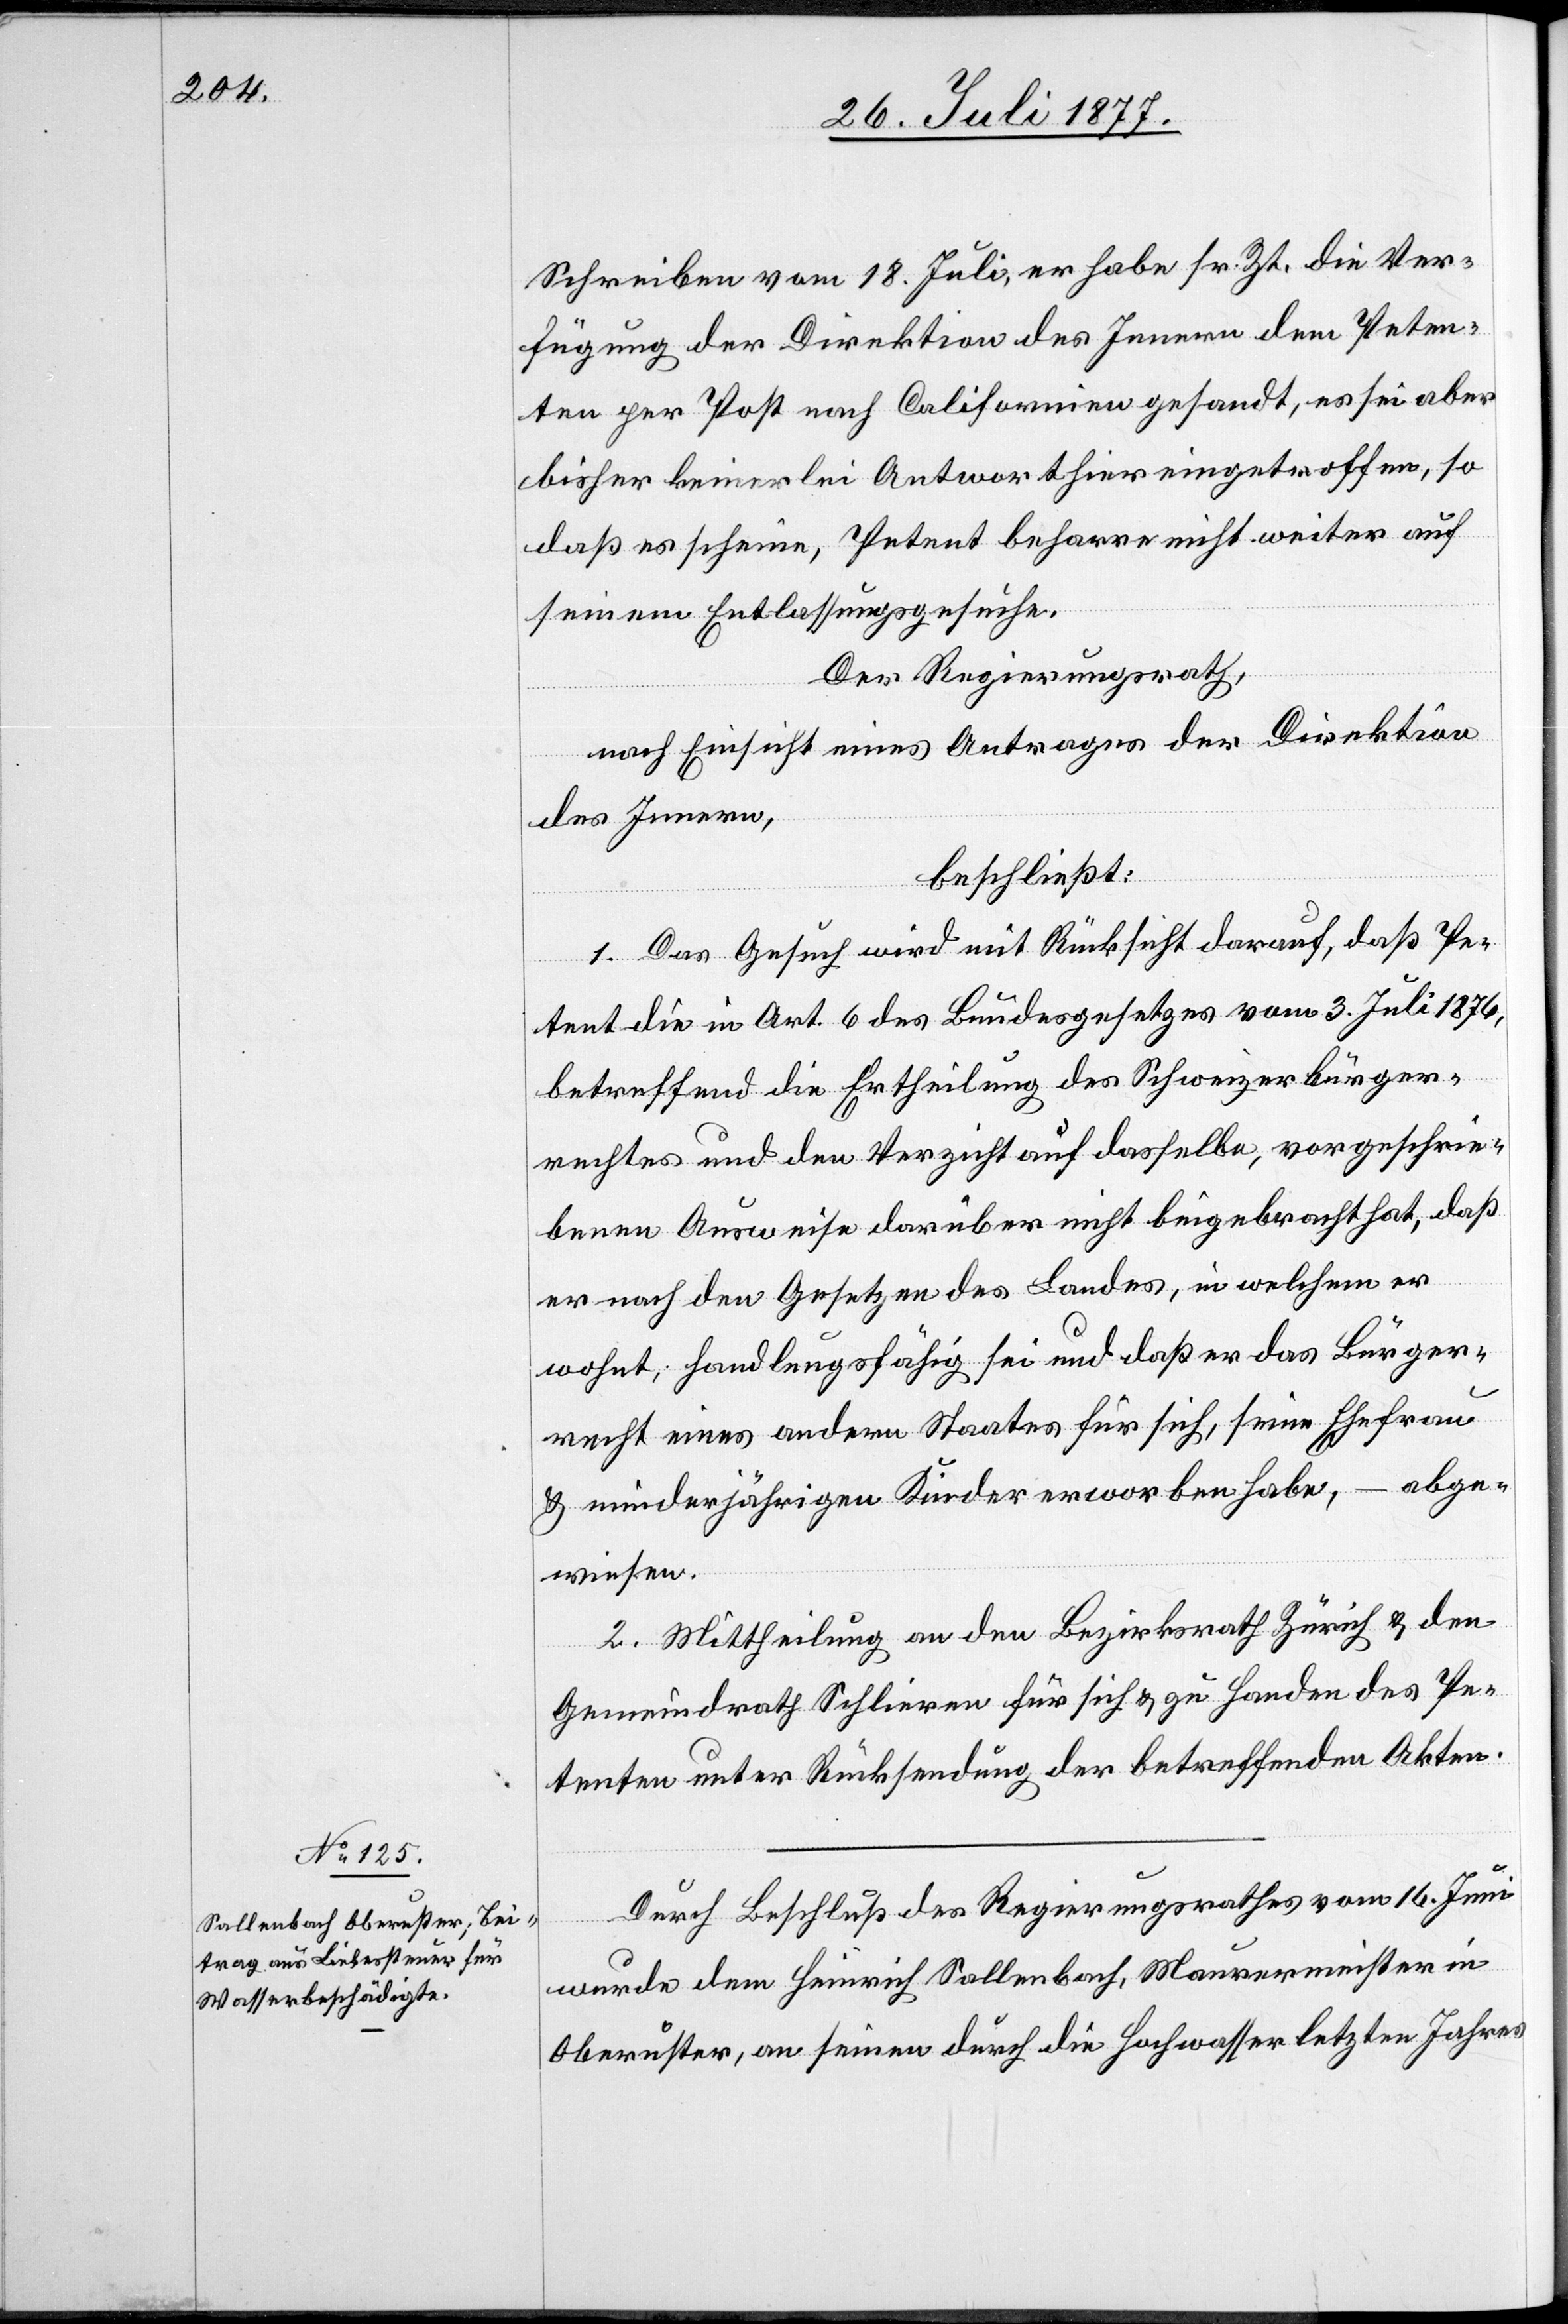
Schreiben vom 18. Juli, er habe sr. Zt. die Ver¬
fügung der Direktion des Innern dem Peten¬
ten per Post nach Californien gesandt, es sei aber
bisher keinerlei Antwort hier eingetroffen, so
daß es scheine, Petent beharre nicht weiter auf
seinem Entlassungsgesuche.
Der Regierungsrath,
nach Einsicht eines Antrages der Direktion
des Innern,
beschließt:
1. Das Gesuch wird mit Rücksicht darauf, daß Pe¬
tent die in Art. 6 des Bundesgesetzes vom 3. Juli 1876,
betreffend die Ertheilung des Schweizerbürger¬
rechtes und den Verzicht auf dasselbe, vorgeschrie¬
benen Ausweise darüber nicht beigebracht hat, daß
er nach den Gesetzen des Landes, in welchem er
wohnt, handlungsfähig sei und daß er das Bürger¬
recht eines andern Staates für sich, seine Ehefrau
& minderjährigen Kinder erworben habe, – abge¬
wiesen.
2. Mittheilung an den Bezirksrath Zürich & den
Gemeindrath Schlieren für sich & zu Handen des Pe¬
tenten unter Rücksendung der betreffenden Akten.
Durch Beschluß des Regierungsrathes vom 16. Juni
wurde dem Heinrich Sallenbach, Maurermeister in
Oberuster, an seinen durch die Hochwasser letzten Jahres